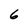
Character: 6